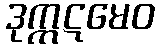
ဒုက္ကဋမေဝ